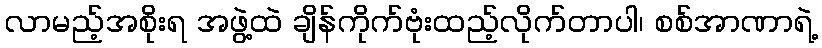
လာမည့်အစိုးရ အဖွဲ့ထဲ ချိန်ကိုက်ဗုံးထည့်လိုက်တာပါ၊ စစ်အာဏာရဲ့